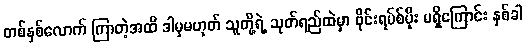
တစ်နှစ်လောက် ကြာတဲ့အထိ ဒါမှမဟုတ် သူတို့ရဲ့ သုတ်ရည်ထဲမှာ ဗိုင်းရပ်စ်ပိုး မရှိကြောင်း နှစ်ခါ